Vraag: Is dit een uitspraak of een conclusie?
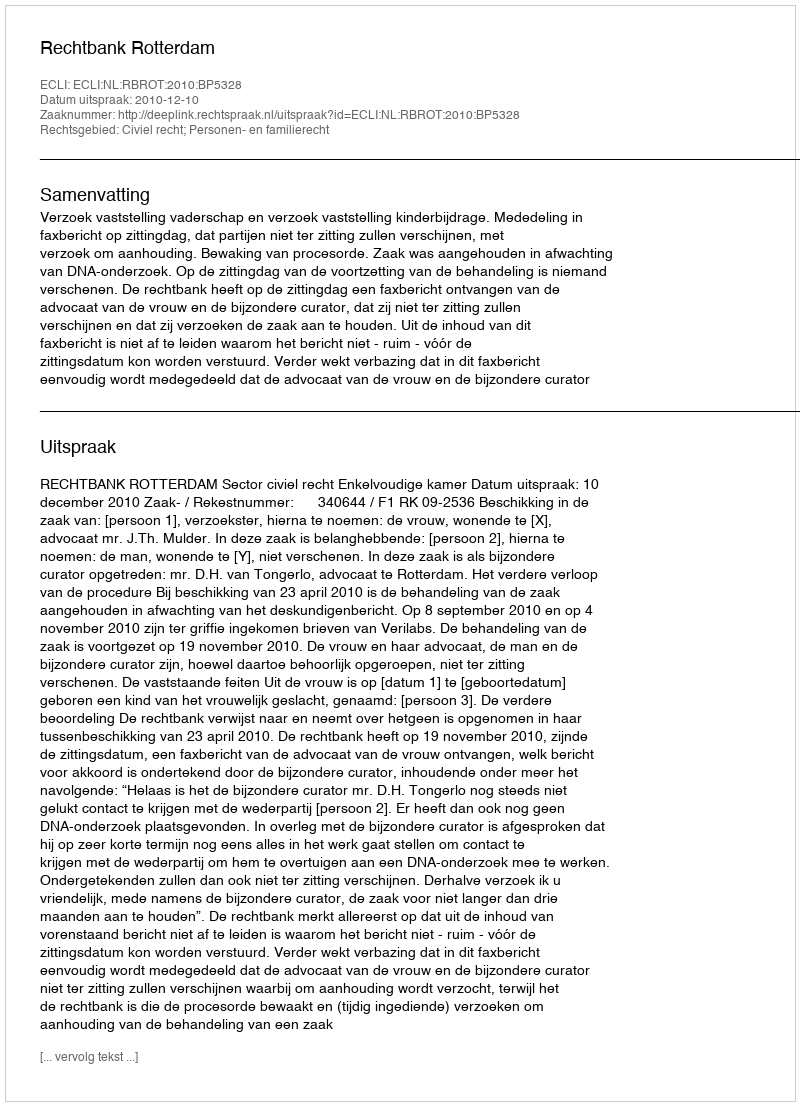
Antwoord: Uitspraak